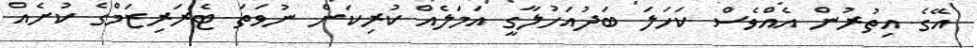
އޭގެ އިތުރުން އެއްވެސް ކަހަލަ ބަދުއަހުލާގީ އަމަލެއް ކުރިކަން ނުވަތަ ޓެރަރިޒަމްގެ ކުށެއް